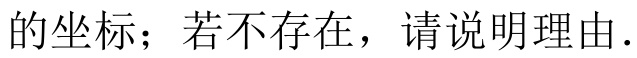
的坐标；若不存在，请说明理由.